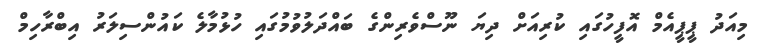
މިއަދު ޕީޕީއެމް އޮފީހުގައި ކުރިއަށް ދިޔަ ނޫސްވެރިންގެ ބައްދަލުވުމުގައި ހުޅުމާލެ ކައުންސިލަރު އިބްރާހިމް